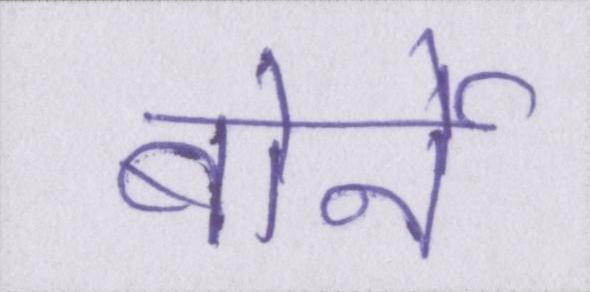
बोर्नो